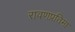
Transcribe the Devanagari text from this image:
रावणप्रतिमा